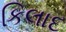
કિલાદ